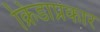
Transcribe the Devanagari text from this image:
क्रिडाप्रकार